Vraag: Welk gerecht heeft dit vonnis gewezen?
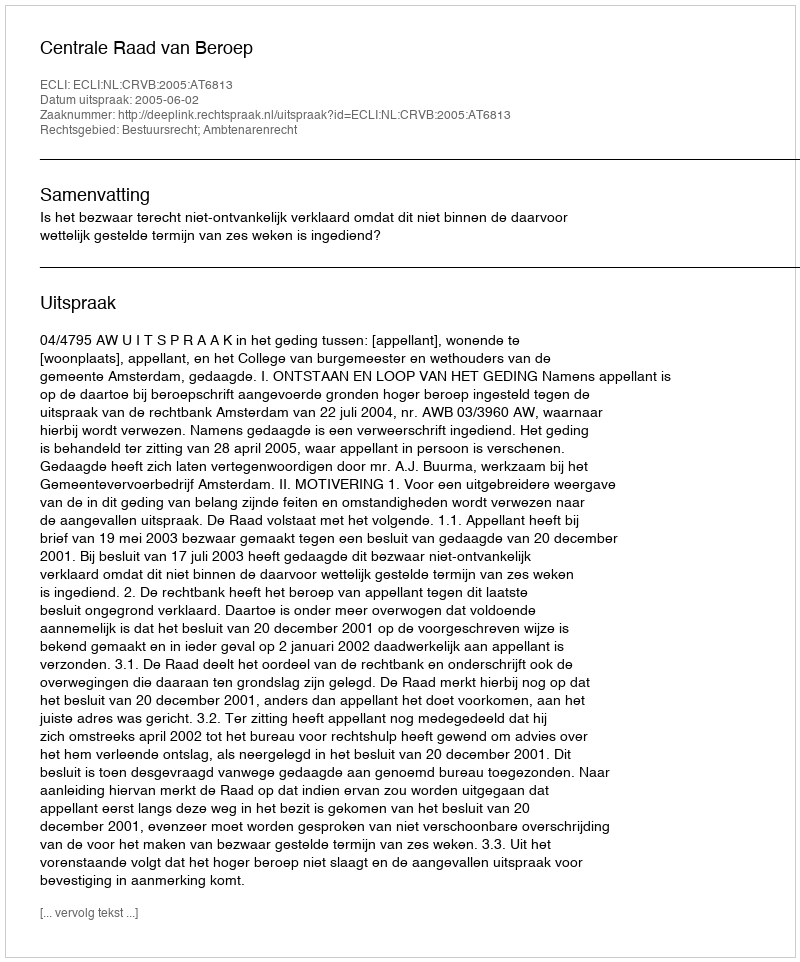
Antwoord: Centrale Raad van Beroep